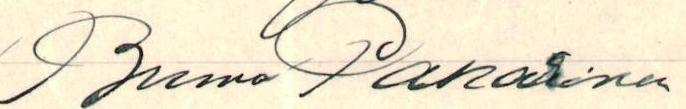
Bruno Pakarinen